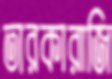
তারকারাজি